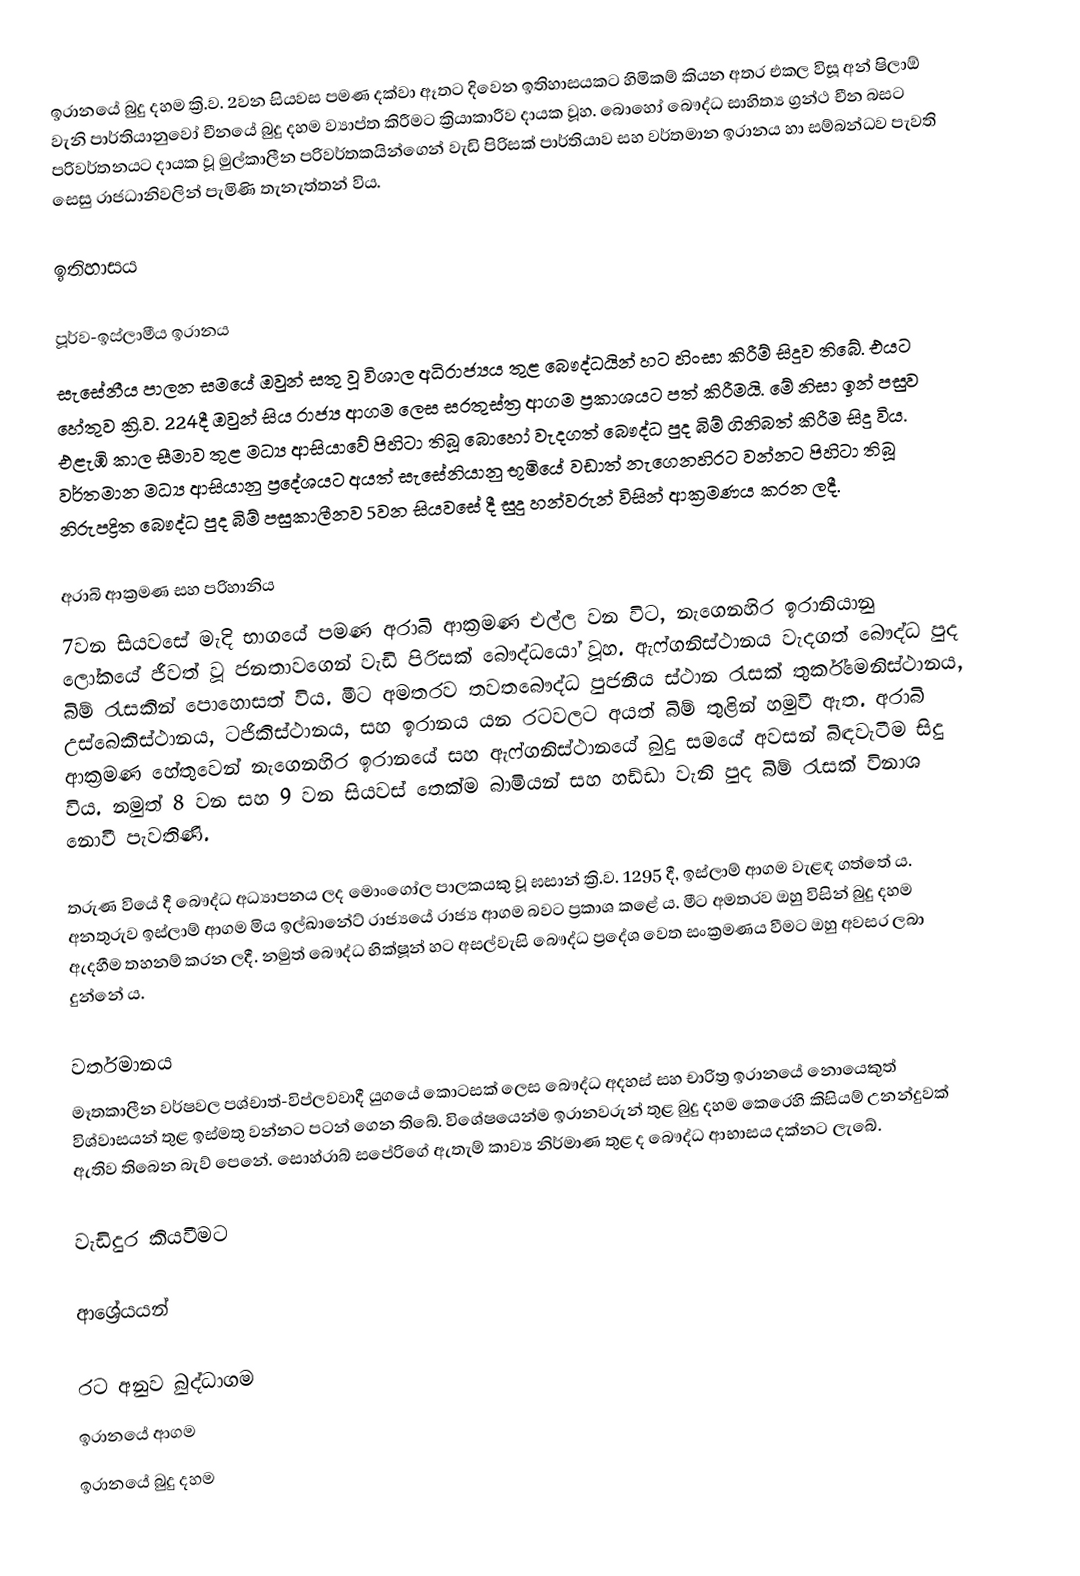
ඉරානයේ බුදු දහම ක්‍රි.ව. 2වන සියවස පමණ දක්වා ඈතට දිවෙන ඉතිහාසයකට හිමිකම් කියන අතර එකල විසූ අන් ෂිලාඕ වැනි පාර්තියානුවෝ චීනයේ බුදු දහම ව්‍යාප්ත කිරීමට ක්‍රියාකාරීව දායක වූහ. බොහෝ බෞද්ධ සාහිත්‍ය ග්‍රන්ථ චීන බසට පරිවර්තනයට දායක වූ මුල්කාලීන පරිවර්තකයින්ගෙන් වැඩි පිරිසක් පාර්තියාව සහ වර්තමාන ඉරානය හා සම්බන්ධව පැවති සෙසු රාජධානිවලින් පැමිණි තැනැත්තන් විය.

ඉතිහාසය

පූර්ව-ඉස්ලාමීය ඉරානය
සැසේනීය පාලන සමයේ ඔවුන් සතු වූ විශාල අධිරාජ්‍යය තුළ බෞද්ධයින් හට හිංසා කිරීම් සිදුව තිබේ. එයට හේතුව ක්‍රි.ව. 224දී ඔවුන් සිය රාජ්‍ය ආගම ලෙස සරතුස්ත්‍ර ආගම ප්‍රකාශයට පත් කිරීමයි. මේ නිසා ඉන් පසුව එළැඹි කාල සීමාව තුළ මධ්‍ය ආසියාවේ පිහිටා තිබූ බොහෝ වැදගත් බෞද්ධ පුද බිම් ගිනිබත් කිරීම සිදු විය. වර්තමාන මධ්‍ය ආසියානු ප්‍රදේශයට අයත් සැසේනියානු භූමියේ වඩාත් නැගෙනහිරට වන්නට පිහිටා තිබූ නිරුපද්‍රිත බෞද්ධ පුද බිම් පසුකාලීනව 5වන සියවසේ දී සුදු හන්වරුන් විසින් ආක්‍රමණය කරන ලදී.

අරාබි ආක්‍රමණ සහ පරිහානිය
7වන සියවසේ මැදි භාගයේ පමණ අරාබි ආක්‍රමණ එල්ල වන විට, නැගෙනහිර ඉරානියානු ලෝකයේ ජීවත් වූ ජනතාවගෙන් වැඩි පිරිසක් බෞද්ධයෝ වූහ. ඇෆ්ගනිස්ථානය වැදගත් බෞද්ධ පුද බිම් රැසකින් පොහොසත් විය. මීට අමතරව තවතබෞද්ධ පුජනීය ස්ථාන රැසක් තුර්ක්මෙනිස්ථානය, උස්බෙකිස්ථානය, ටජිකිස්ථානය, සහ ඉරානය යන රටවලට අයත් බිම් තුළින් හමුවී ඇත. අරාබි ආක්‍රමණ හේතුවෙන් නැගෙනහිර ඉරානයේ සහ ඇෆ්ගනිස්ථානයේ බුදු සමයේ අවසන් බිඳවැටීම සිදු විය. නමුත් 8 වන සහ 9 වන සියවස් තෙක්ම බාමියන් සහ හඩ්ඩා වැනි පුද බිම් රැසක් විනාශ නොවී පැවතිණි.

තරුණ වියේ දී බෞද්ධ අධ්‍යාපනය ලද මොංගෝල පාලකයකු වූ ඝසාන් ක්‍රි.ව. 1295 දී, ඉස්ලාම් ආගම වැළඳ ගත්තේ ය. අනතුරුව ඉස්ලාම් ආගම මිය ඉල්ඛානේට් රාජ්‍යයේ රාජ්‍ය ආගම බවට ප්‍රකාශ කළේ ය. මීට අමතරව ඔහු විසින් බුදු දහම ඇදහීම තහනම් කරන ලදී. නමුත් බෞද්ධ භික්ෂූන් හට අසල්වැසි බෞද්ධ ප්‍රදේශ වෙත සංක්‍රමණය වීමට ඔහු අවසර ලබා දුන්නේ ය.

වර්තමානය
මෑතකාලීන වර්ෂවල පශ්චාත්-විප්ලවවාදී යුගයේ කොටසක් ලෙස බෞද්ධ අදහස් සහ චාරිත්‍ර ඉරානයේ නොයෙකුත් විශ්වාසයන් තුළ ඉස්මතු වන්නට පටන් ගෙන තිබේ. විශේෂයෙන්ම ඉරානවරුන් තුළ බුදු දහම කෙරෙහි කිසියම් උනන්දුවක් ඇතිව තිබෙන බැව් පෙනේ. සොහ්රාබ් සපේරිගේ ඇතැම් කාව්‍ය නිර්මාණ තුළ ද බෞද්ධ ආභාසය දක්නට ලැබේ.

වැඩිදුර කියවීමට

ආශ්‍රේයයන්

රට අනුව බුද්ධාගම
ඉරානයේ ආගම
ඉරානයේ බුදු දහම